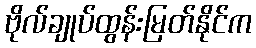
ဗိုလ်ချုပ်ထွန်းမြတ်နိုင်က